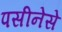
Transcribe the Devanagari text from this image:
पसीनेसे